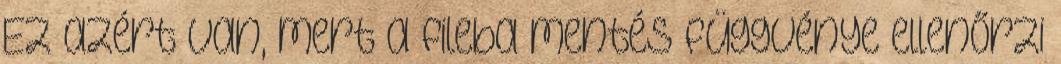
Ez azért van, mert a fileba mentés függvénye ellenőrzi